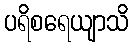
ပရိစရေယျာသိ